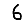
Digit: 6